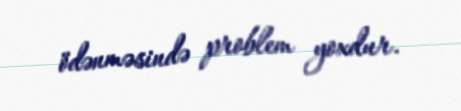
ödənməsində problem yoxdur.